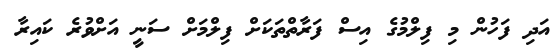
އަދި ފަހުން މި ފިލްމުގެ އިސް ފަރާތްތަކަށް ފިލްމަށް ސަނީ އަށްވުރެ ކައިރާ